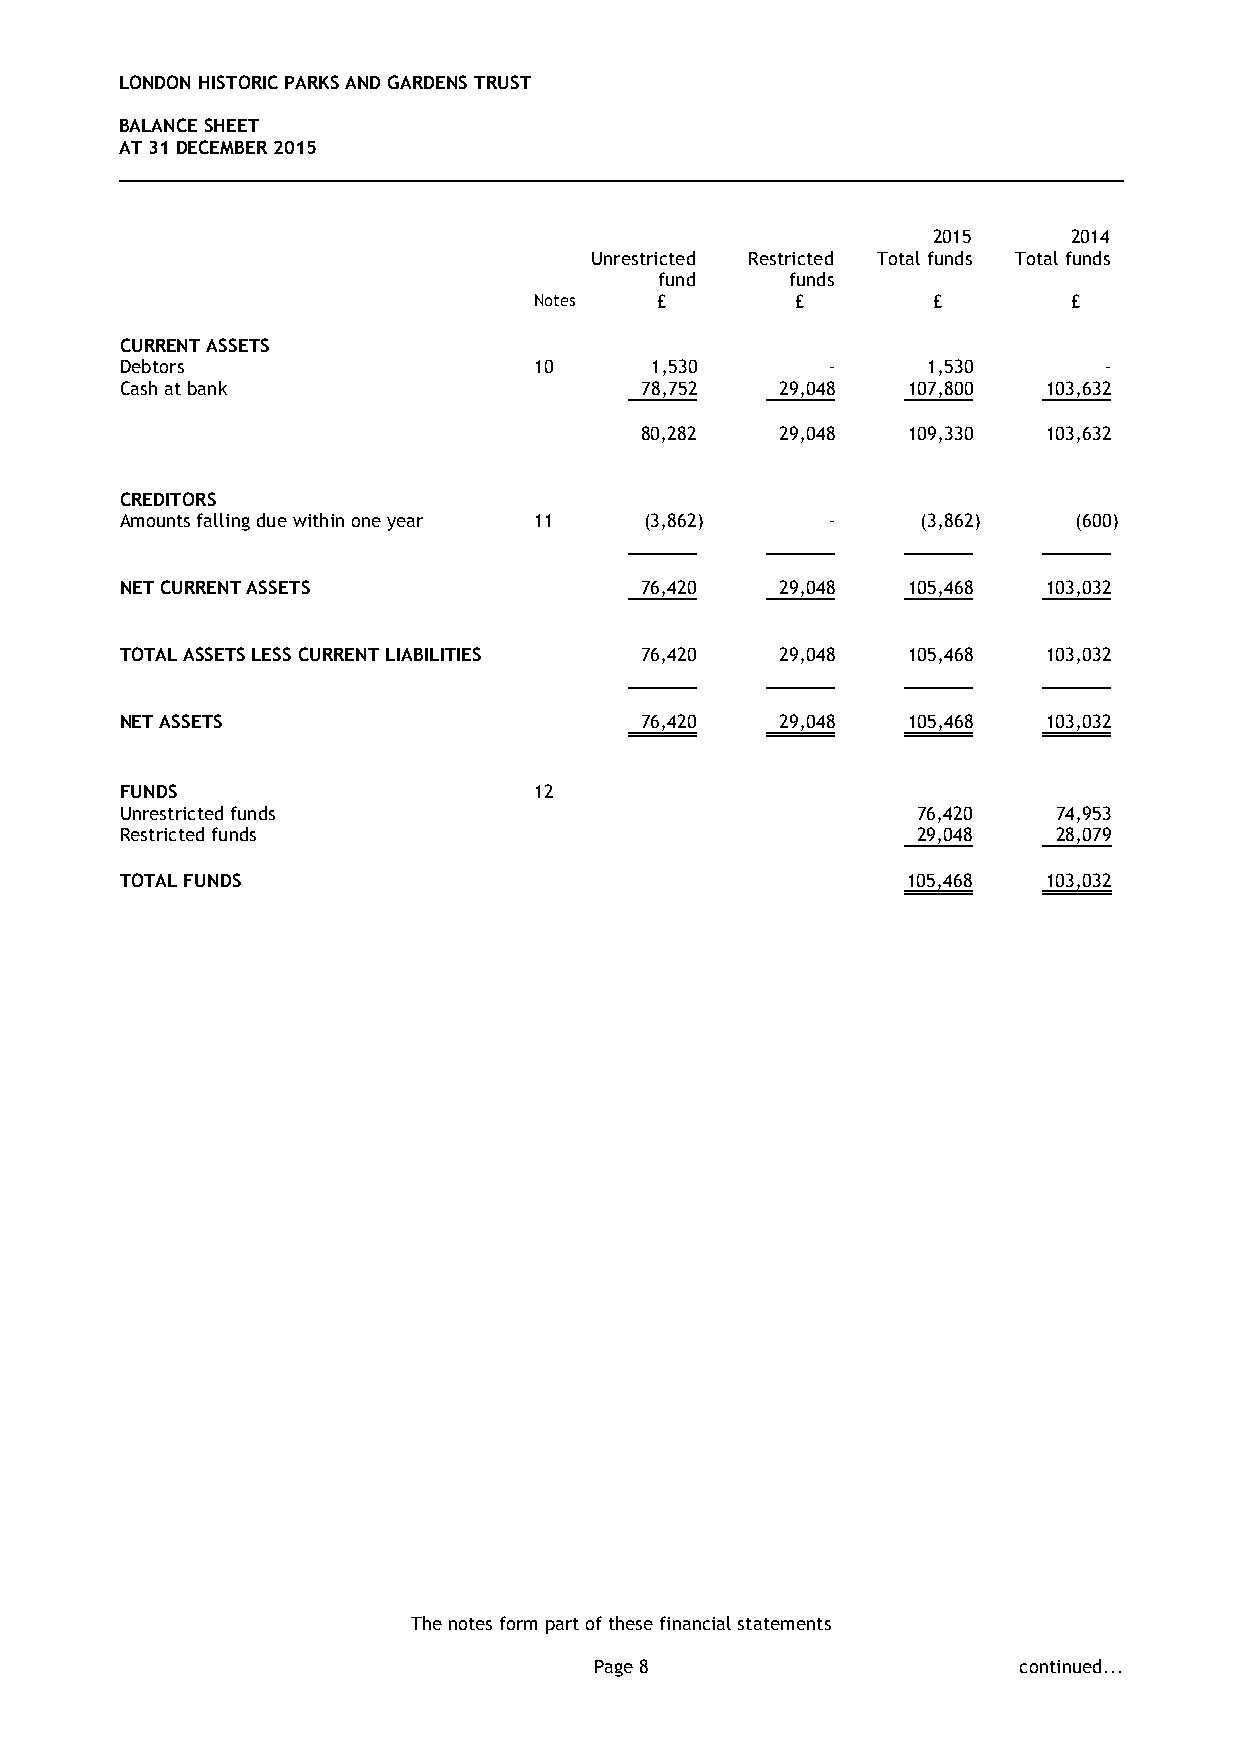
LONDON HISTORIC PARKS AND GARDENS TRUST
 BALANCE SHEET
 AT 31 DECEMBER 2015
 2015     2014
 Unrestricted Restricted Total funds Total funds
 fund    funds
 Notes   £         £        £        £
 CURRENT ASSETS
 Debtors                    10      1,530       -     1,530       -
 Cash at bank                      78,752    29,048  107,800  103,632
 80,282    29,048  109,330  103,632
 CREDITORS
 Amounts falling due within one year 11 (3,862) -     (3,862)   (600)
 NET CURRENT ASSETS                76,420    29,048  105,468  103,032
 TOTAL ASSETS LESS CURRENT LIABILITIES 76,420 29,048 105,468  103,032
 NET ASSETS                        76,420    29,048  105,468  103,032
 FUNDS                      12
 Unrestricted funds                                   76,420   74,953
 Restricted funds                                     29,048   28,079
 TOTAL FUNDS                                         105,468  103,032
 The notes form part of these financial statements
 Page 8                      continued...